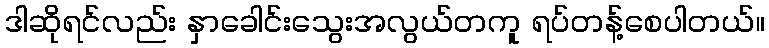
ဒါဆိုရင်လည်း နှာခေါင်းသွေးအလွယ်တကူ ရပ်တန့်စေပါတယ်။